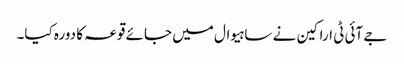
جے آئی ٹی اراکین نے ساہیوال میں جائے قوعہ کا دورہ کیا۔